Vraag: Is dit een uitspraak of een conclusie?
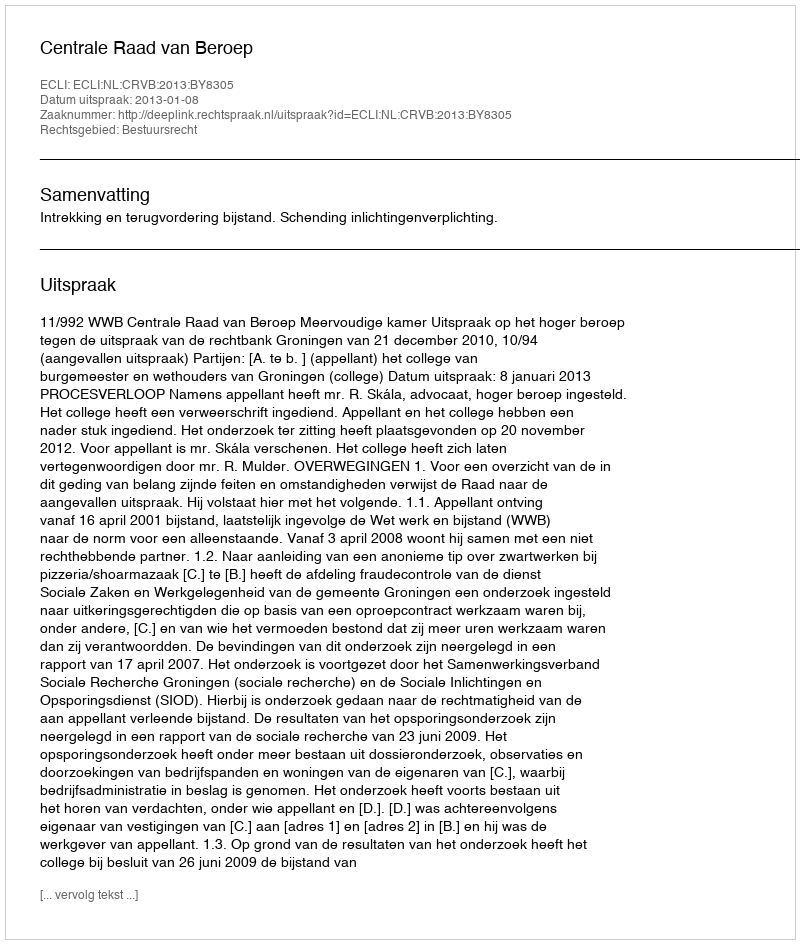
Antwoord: Uitspraak